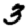
Digit: 3